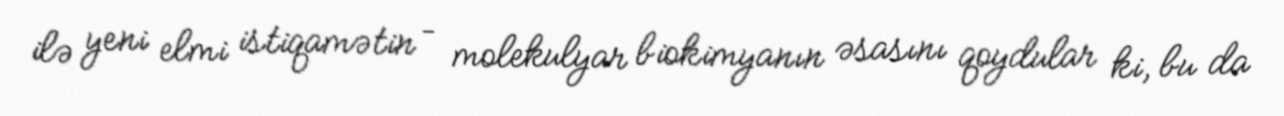
ilə yeni elmi istiqamətin – molekulyar biokimyanın əsasını qoydular ki, bu da